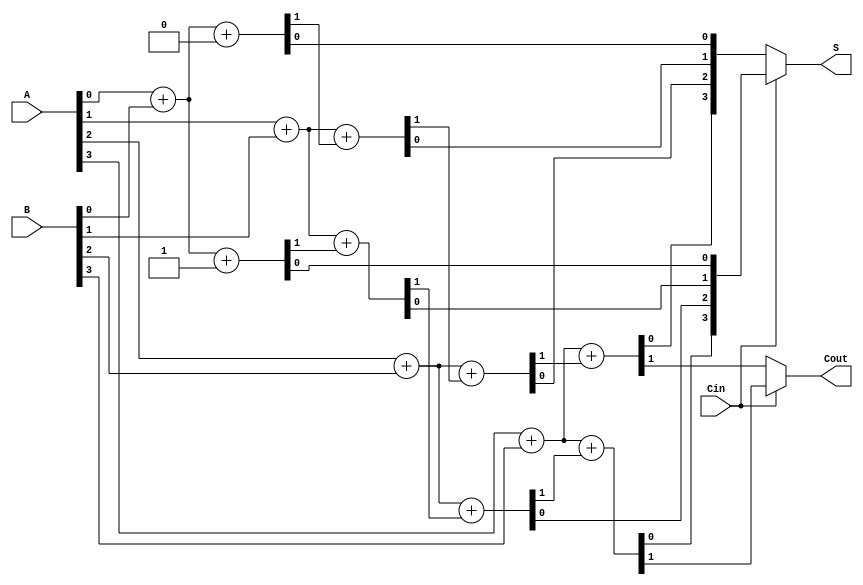
module DynamicCarrySelectAdder (
    input  [3:0] A,       // 4-bit input A
    input  [3:0] B,       // 4-bit input B
    input        Cin,      // Carry input
    output [3:0] S,       // 4-bit sum output
    output       Cout      // Carry output
);

    wire [3:0] S0;       // Sum with Cin = 0
    wire [3:0] S1;       // Sum with Cin = 1
    wire       C0;       // Carry out with Cin = 0
    wire       C1;       // Carry out with Cin = 1

    // First segment with carry-in = 0
    wire C0_0, C0_1, C0_2;
    assign {C0_0, S0[0]} = A[0] + B[0] + 1'b0; // Full adder for least significant bit
    assign {C0_1, S0[1]} = A[1] + B[1] + C0_0; // Ripple carry
    assign {C0_2, S0[2]} = A[2] + B[2] + C0_1; // Ripple carry
    assign {C0, S0[3]}   = A[3] + B[3] + C0_2; // Ripple carry

    // First segment with carry-in = 1
    wire C1_0, C1_1, C1_2;
    assign {C1_0, S1[0]} = A[0] + B[0] + 1'b1; // Full adder for least significant bit
    assign {C1_1, S1[1]} = A[1] + B[1] + C1_0; // Ripple carry
    assign {C1_2, S1[2]} = A[2] + B[2] + C1_1; // Ripple carry
    assign {C1, S1[3]}   = A[3] + B[3] + C1_2; // Ripple carry

    // MUX selection logic for sum and carry
    assign S = (Cin == 1'b0) ? S0 : S1;
    assign Cout = (Cin == 1'b0) ? C0 : C1;

endmodule